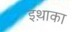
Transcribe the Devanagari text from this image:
इथ़ाका